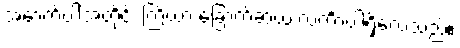
အောက်ပါအတိုင်း ကြိယာ ခြောက်ဆယ် လင်္ကာပါရှိလေသည်။